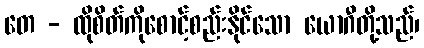
တေ - ထိုစိတ်ကိုစောင့်စည်းနိုင်သော ယောဂီတို့သည်၊